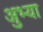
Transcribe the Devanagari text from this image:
अुभ्या